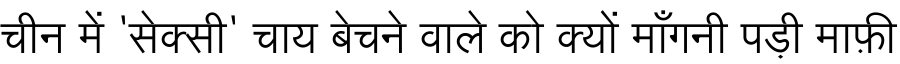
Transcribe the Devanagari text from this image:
चीन में 'सेक्सी' चाय बेचने वाले को क्यों माँगनी पड़ी माफ़ी